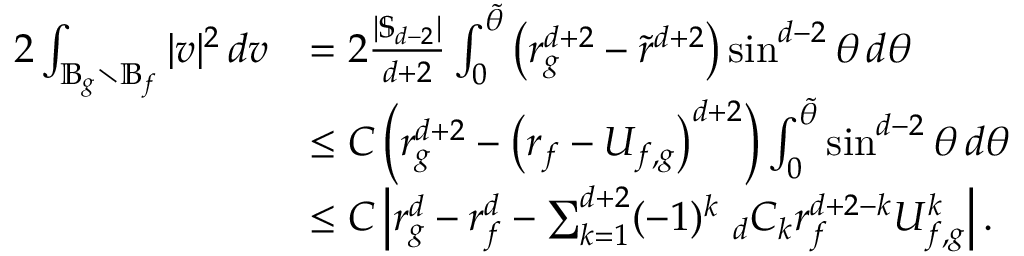
\begin{array} { r l } { 2 \int _ { \mathbb { B } _ { g } \setminus \mathbb { B } _ { f } } | v | ^ { 2 } \, d v } & { = 2 \frac { | \mathbb { S } _ { d - 2 } | } { d + 2 } \int _ { 0 } ^ { \tilde { \theta } } \left( r _ { g } ^ { d + 2 } - \tilde { r } ^ { d + 2 } \right) \sin ^ { d - 2 } \theta \, d \theta } \\ & { \le C \left( r _ { g } ^ { d + 2 } - \left( r _ { f } - U _ { f , g } \right) ^ { d + 2 } \right) \int _ { 0 } ^ { \tilde { \theta } } \sin ^ { d - 2 } \theta \, d \theta } \\ & { \le C \left| r _ { g } ^ { d } - r _ { f } ^ { d } - \sum _ { k = 1 } ^ { d + 2 } ( - 1 ) ^ { k } \ _ { d } C _ { k } r _ { f } ^ { d + 2 - k } U _ { f , g } ^ { k } \right| . } \end{array}